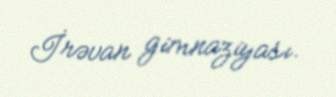
İrəvan gimnaziyası.